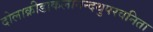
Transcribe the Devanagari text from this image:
दोलाक्रीडाकलानन्दथुपरवनिता